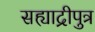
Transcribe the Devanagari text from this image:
सह्याद्रीपुत्र